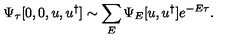
\Psi _ { \tau } [ 0 , 0 , u , u ^ { \dagger } ] \sim \sum _ { E } \Psi _ { E } [ u , u ^ { \dagger } ] e ^ { - E \tau } .